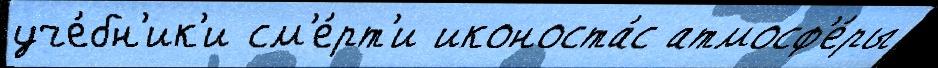
уче́бн'ик'и см'е́рт'и иконоста́с атмосф'е́ры